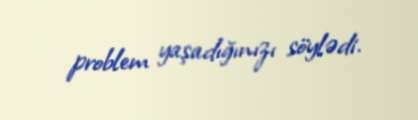
problem yaşadığınızı söylədi.